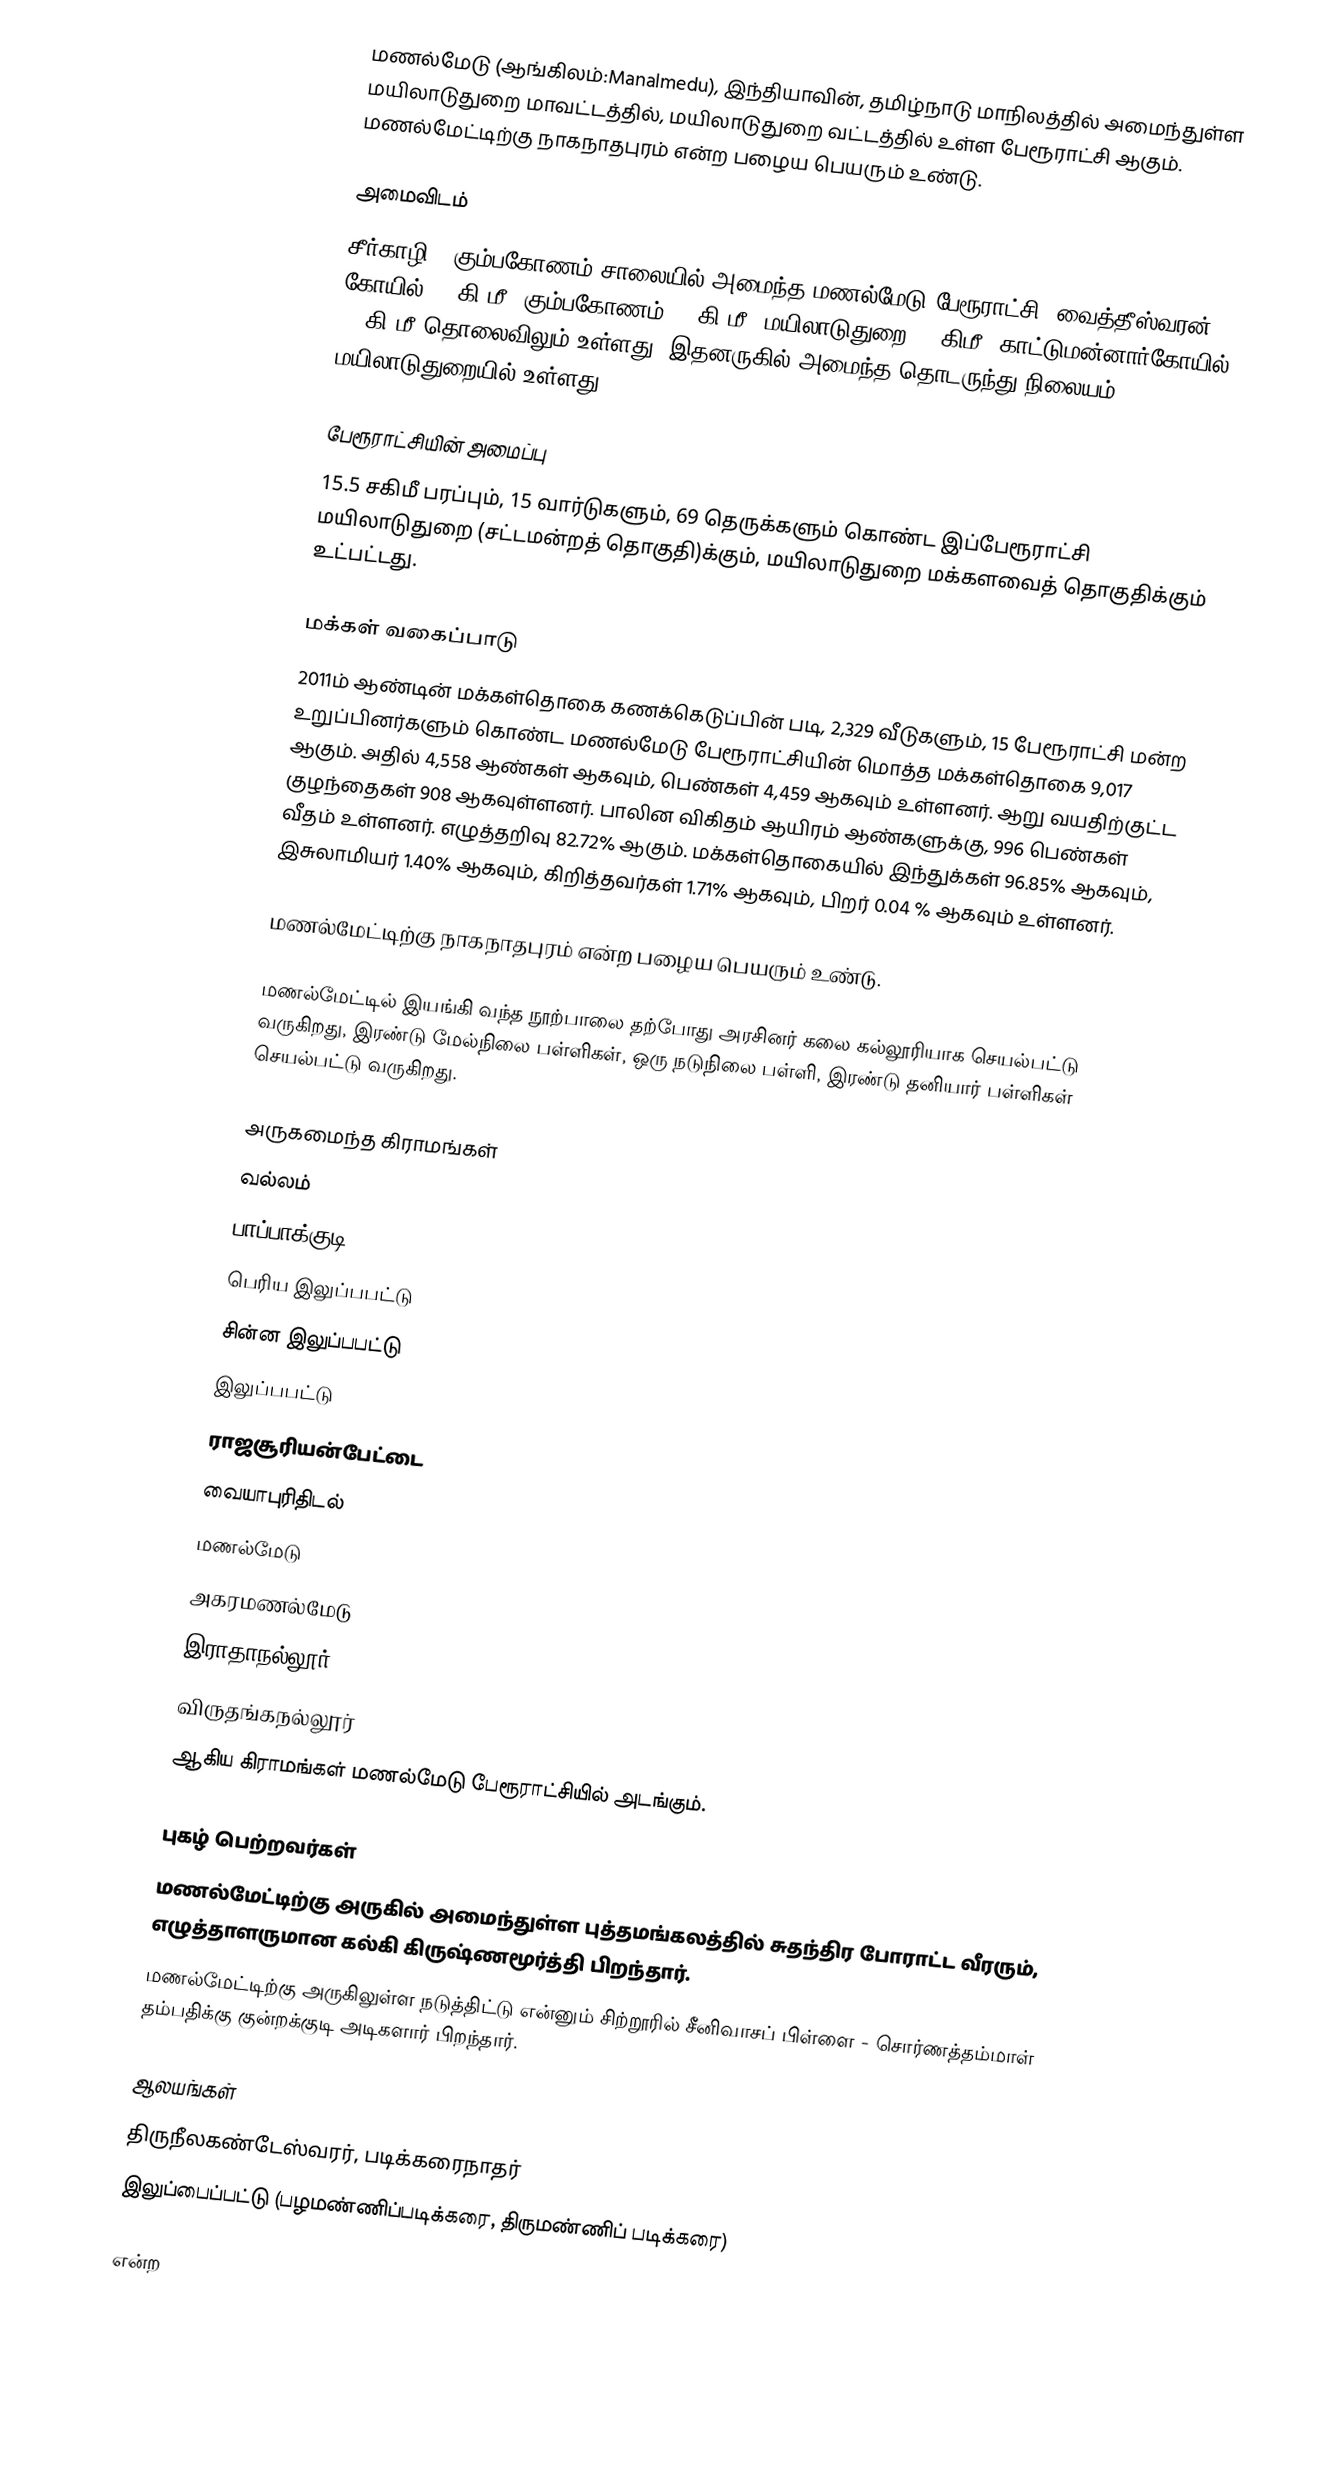
மணல்மேடு (ஆங்கிலம்:Manalmedu), இந்தியாவின், தமிழ்நாடு மாநிலத்தில் அமைந்துள்ள மயிலாடுதுறை மாவட்டத்தில், மயிலாடுதுறை வட்டத்தில் உள்ள பேரூராட்சி ஆகும். மணல்மேட்டிற்கு நாகநாதபுரம் என்ற பழைய பெயரும் உண்டு.

அமைவிடம்
சீர்காழி - கும்பகோணம் சாலையில் அமைந்த மணல்மேடு பேரூராட்சி, வைத்தீஸ்வரன் கோயில் 10 கி.மீ; கும்பகோணம் 30 கி.மீ; மயிலாடுதுறை 18 கிமீ; காட்டுமன்னார்கோயில் 12 கி.மீ தொலைவிலும் உள்ளது.  இதனருகில் அமைந்த தொடருந்து நிலையம் மயிலாடுதுறையில் உள்ளது.

பேரூராட்சியின் அமைப்பு
15.5  சகிமீ பரப்பும், 15 வார்டுகளும், 69 தெருக்களும்  கொண்ட இப்பேரூராட்சி  மயிலாடுதுறை (சட்டமன்றத் தொகுதி)க்கும், மயிலாடுதுறை மக்களவைத் தொகுதிக்கும் உட்பட்டது.

மக்கள் வகைப்பாடு
2011ம் ஆண்டின் மக்கள்தொகை கணக்கெடுப்பின் படி,  2,329  வீடுகளும், 15 பேரூராட்சி மன்ற உறுப்பினர்களும் கொண்ட  மணல்மேடு பேரூராட்சியின் மொத்த மக்கள்தொகை 9,017 ஆகும். அதில் 4,558  ஆண்கள் ஆகவும், பெண்கள்  4,459   ஆகவும் உள்ளனர். ஆறு வயதிற்குட்ட குழந்தைகள் 908  ஆகவுள்ளனர். பாலின விகிதம் ஆயிரம் ஆண்களுக்கு, 996  பெண்கள் வீதம் உள்ளனர். எழுத்தறிவு  82.72% ஆகும். மக்கள்தொகையில் இந்துக்கள் 96.85% ஆகவும், இசுலாமியர் 1.40% ஆகவும், கிறித்தவர்கள் 1.71% ஆகவும், பிறர் 0.04 % ஆகவும் உள்ளனர்.

மணல்மேட்டிற்கு நாகநாதபுரம் என்ற பழைய பெயரும் உண்டு.

மணல்மேட்டில் இயங்கி வந்த நூற்பாலை தற்போது அரசினர் கலை கல்லூரியாக செயல்பட்டு வருகிறது, இரண்டு மேல்நிலை பள்ளிகள், ஒரு நடுநிலை பள்ளி, இரண்டு தனியார் பள்ளிகள் செயல்பட்டு வருகிறது.

அருகமைந்த கிராமங்கள்
 வல்லம்
 பாப்பாக்குடி
 பெரிய இலுப்பபட்டு
 சின்ன இலுப்பபட்டு
 இலுப்பபட்டு
 ராஜசூரியன்பேட்டை
 வையாபுரிதிடல்
 மணல்மேடு
 அகரமணல்மேடு
 இராதாநல்லூர்
 விருதங்கநல்லூர்
ஆகிய கிராமங்கள் மணல்மேடு பேரூராட்சியில் அடங்கும்.

புகழ் பெற்றவர்கள்
 மணல்மேட்டிற்கு அருகில் அமைந்துள்ள புத்தமங்கலத்தில் சுதந்திர போராட்ட வீரரும், எழுத்தாளருமான கல்கி கிருஷ்ணமூர்த்தி பிறந்தார்.
 மணல்மேட்டிற்கு அருகிலுள்ள நடுத்திட்டு என்னும் சிற்றூரில் சீனிவாசப் பிள்ளை - சொர்ணத்தம்மாள் தம்பதிக்கு குன்றக்குடி அடிகளார் பிறந்தார்.

ஆலயங்கள்
 திருநீலகண்டேஸ்வரர், படிக்கரைநாதர்
 இலுப்பைப்பட்டு (பழமண்ணிப்படிக்கரை, திருமண்ணிப் படிக்கரை)

என்ற